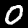
Label: 0